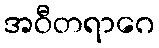
အဝီတရာဂေ